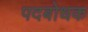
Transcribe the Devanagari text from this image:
पदबोधक